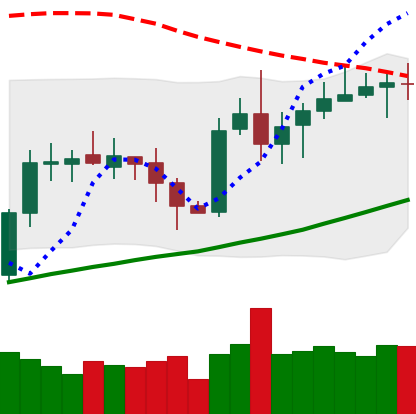
Ticker: XRP-USD
Chart end date: 2020-10-13
Forward return: -5.5%
Label: down_5_7